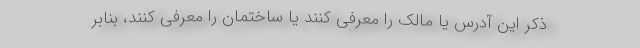
ذکر این آدرس یا مالک را معرفی کنند یا ساختمان را معرفی کنند، بنابر